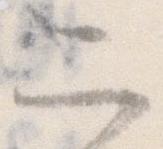
二